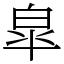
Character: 皐